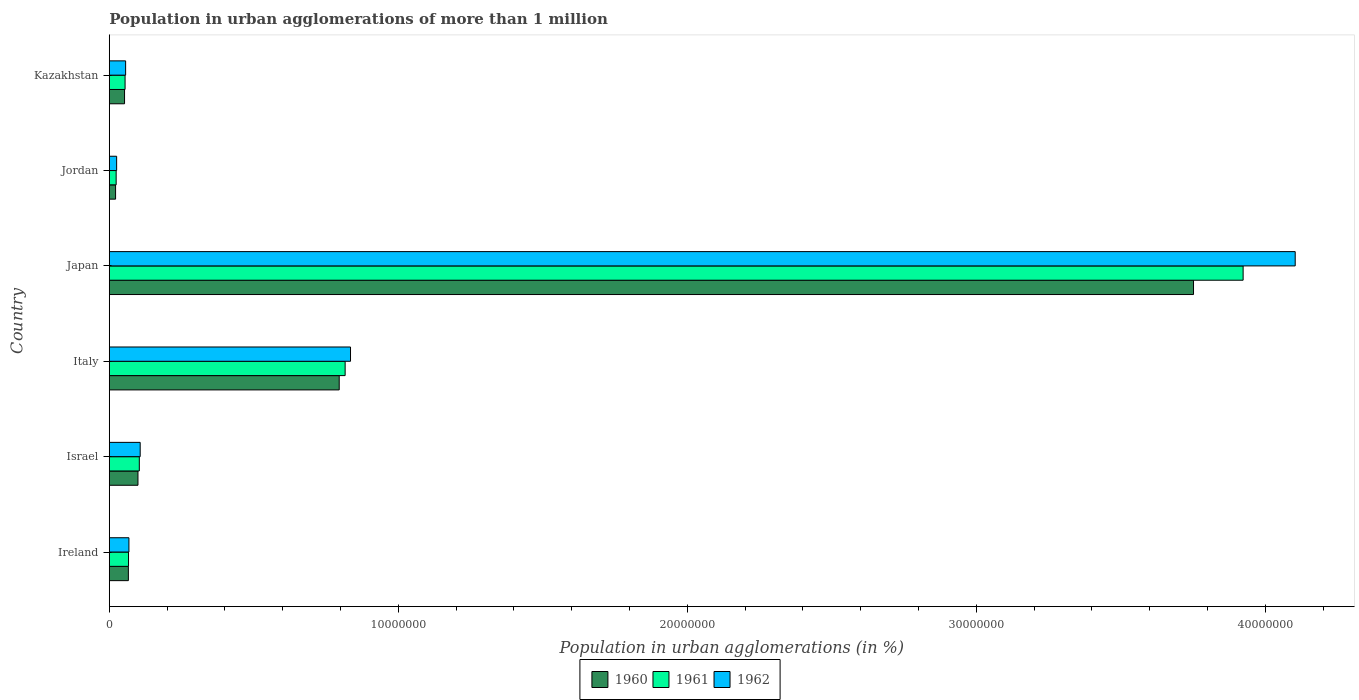
| Country | 1960 | 1961 | 1962 |
 | --- | --- | --- | --- |
 | Ireland | 6.61e+05 | 6.66e+05 | 6.8e+05 |
 | Israel | 9.93e+05 | 1.04e+06 | 1.07e+06 |
 | Italy | 7.96e+06 | 8.16e+06 | 8.35e+06 |
 | Japan | 3.75e+07 | 3.92e+07 | 4.1e+07 |
 | Jordan | 2.18e+05 | 2.38e+05 | 2.55e+05 |
 | Kazakhstan | 5.29e+05 | 5.47e+05 | 5.66e+05 |